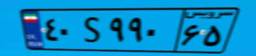
۰۱S۳۵۶۰۱